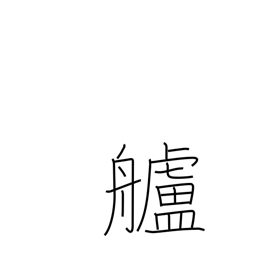
Meaning: stern (of ship)